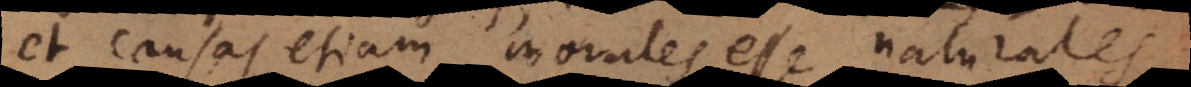
et causas etiam morales esse naturales,